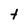
Character: t